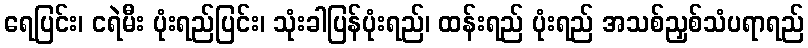
ရေပြင်း၊ ငရဲမီး ပုံးရည်ပြင်း၊ သုံးခါပြန်ပုံးရည်၊ ထန်းရည် ပုံးရည် အသစ်ညှစ်သံပရာရည်